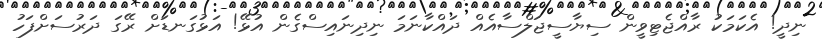
ނިދީ! އެކަމަކު ރާއްޖެޓިވީން ސިޔާސީޖަލްސާއެއް ދައްކާނަމަ ނިދިނައިސްގެން އުޅޭ! އަޅުގަނޑަށް ރޭގަ ދަރުސަށްފަހު